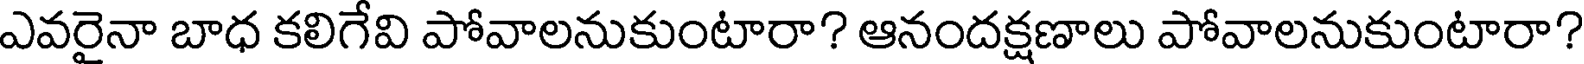
ఎవరైనా బాధ కలిగేవి పోవాలనుకుంటారా? ఆనందక్షణాలు పోవాలనుకుంటారా?